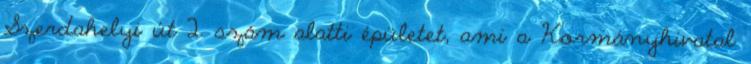
Szerdahelyi út 2. szám alatti épületet, ami a Kormányhivatal